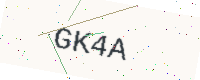
Text: GK4A